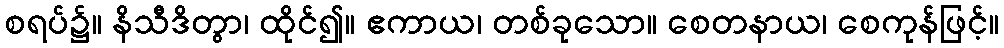
စရပ်၌။ နိသီဒိတွာ၊ ထိုင်၍။ ဧကာယ၊ တစ်ခုသော။ စေတနာယ၊ စေကုန်ဖြင့်။